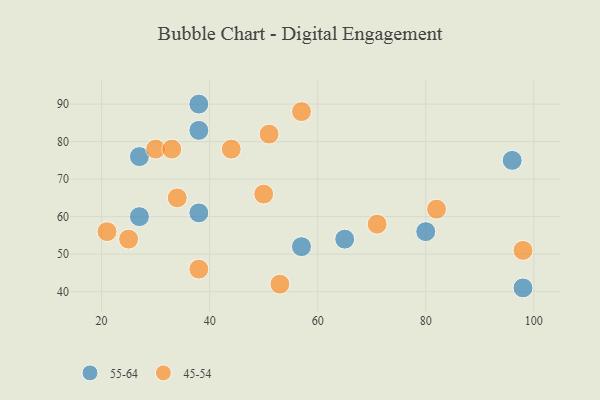
{"axis": {"x": "GDP", "y": "Life Expectancy"}, "legend": ["45-54", "55-64"], "data": [{"x": "80", "y": 56, "type": "55-64"}, {"x": "27", "y": 60, "type": "55-64"}, {"x": "38", "y": 90, "type": "55-64"}, {"x": "96", "y": 75, "type": "55-64"}, {"x": "65", "y": 54, "type": "55-64"}, {"x": "38", "y": 61, "type": "55-64"}, {"x": "57", "y": 52, "type": "55-64"}, {"x": "38", "y": 83, "type": "55-64"}, {"x": "27", "y": 76, "type": "55-64"}, {"x": "98", "y": 41, "type": "55-64"}, {"x": "34", "y": 65, "type": "45-54"}, {"x": "38", "y": 46, "type": "45-54"}, {"x": "53", "y": 42, "type": "45-54"}, {"x": "71", "y": 58, "type": "45-54"}, {"x": "82", "y": 62, "type": "45-54"}, {"x": "51", "y": 82, "type": "45-54"}, {"x": "30", "y": 78, "type": "45-54"}, {"x": "98", "y": 51, "type": "45-54"}, {"x": "33", "y": 78, "type": "45-54"}, {"x": "57", "y": 88, "type": "45-54"}, {"x": "21", "y": 56, "type": "45-54"}, {"x": "44", "y": 78, "type": "45-54"}, {"x": "25", "y": 54, "type": "45-54"}, {"x": "50", "y": 66, "type": "45-54"}]}